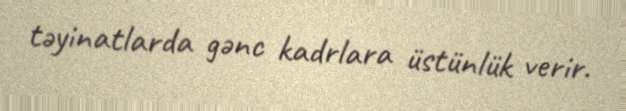
təyinatlarda gənc kadrlara üstünlük verir.